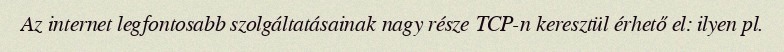
Az internet legfontosabb szolgáltatásainak nagy része TCP-n keresztül érhető el: ilyen pl.